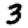
Digit: 3